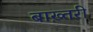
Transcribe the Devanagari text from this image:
बाख़्तरी